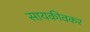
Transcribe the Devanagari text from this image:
सायकीवकर